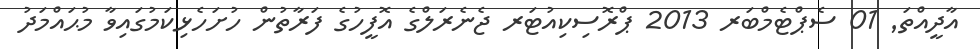
އާދީއްތަ